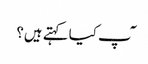
ٓپ کیا کہتے ہیں؟